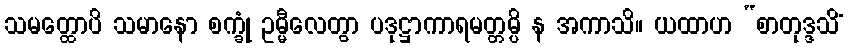
သမတ္ထောပိ သမာနော စက္ခုံ ဥမ္မီလေတွာ ပဒုဋ္ဌာကာရမတ္တမ္ပိ န အကာသိ။ ယထာဟ “စာတုဒ္ဒသိံ